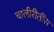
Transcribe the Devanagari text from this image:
चालीरीतींस